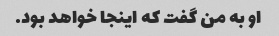
او به من گفت که اینجا خواهد بود.